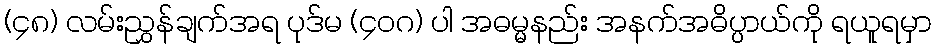
(၄၈) လမ်းညွှန်ချက်အရ ပုဒ်မ (၄၀ဂ) ပါ အဓမ္မနည်း အနက်အဓိပ္ပာယ်ကို ရယူရမှာ